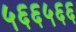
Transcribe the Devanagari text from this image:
५६६५६६